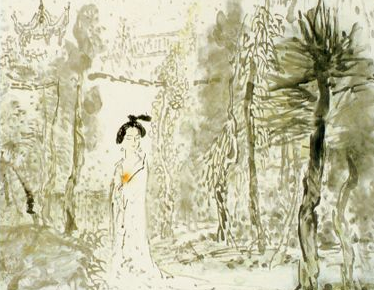
午醉未醒红日晚，黄昏帘幕无人卷。